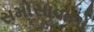
સમોસાવાળો